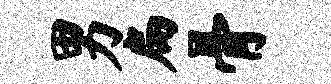
男扁骨